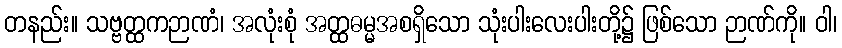
တနည်း။ သဗ္ဗတ္ထကဉာဏံ၊ အလုံးစုံ အတ္ထဓမ္မအစရှိသော သုံးပါးလေးပါးတို့၌ ဖြစ်သော ဉာဏ်ကို။ ဝါ၊